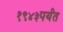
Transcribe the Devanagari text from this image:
१९४३पर्यंत